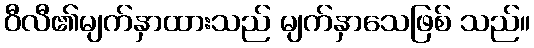
ဝီလီ၏မျက်နှာထားသည် မျက်နှာသေဖြစ် သည်။